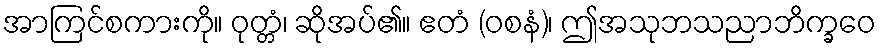
အာကြင်စကားကို။ ဝုတ္တံ၊ ဆိုအပ်၏။ ဧတံ (ဝစနံ)၊ ဤအသုဘသညာဘိက္ခဝေ